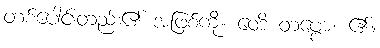
တစ်ပေါင်းတည်း၏ အဖြစ်ကို။ ဝေဒိ တဗ္ဗော၊ ၏။